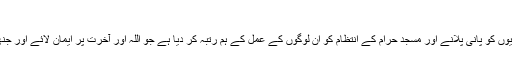
‘‘ (تدبرقرآن۳/ ۵۵۰)
امین احسن اصلاحی کیا تم نے حاجیوں کو پانی پلانے اور مسجد حرام کے انتظام کو ان لوگوں کے عمل کے ہم رتبہ کر دیا ہے جو اللہ اور آخرت پر ایمان لائے اور جنھوں نے اللہ کی راہ میں جہاد کیے۔